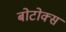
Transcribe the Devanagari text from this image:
बोटोक्स